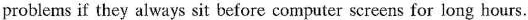
problems if they always sit before computer screens for long hours.